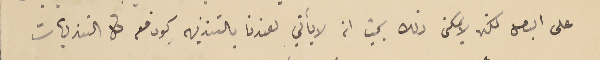
على البعد لكن لايمكن ذلك بحيث انه لا يأتي لعندنا بالتنزيهه كون معه كل التنزيهات